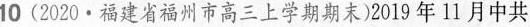
10(2020·福建省福州市高三上学期期末)2019年11月中共